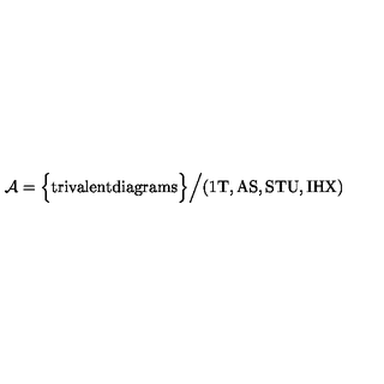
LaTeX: { \cal A } = \Big \{ \mathrm { t r i v a l e n t d i a g r a m s } \Big \} \Big / \mathrm { ( 1 T , A S , S T U , I H X ) }